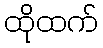
ထိုထက်